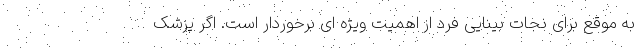
به موقع برای نجات بینایی فرد از اهمیت ویژه ای برخوردار است. اگر پزشک